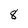
Character: 8